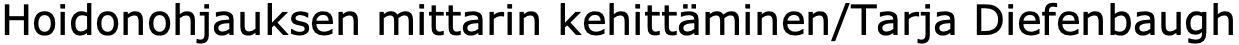
Hoidonohjauksen mittarin kehittäminen/Tarja Diefenbaugh